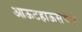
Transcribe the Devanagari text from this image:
आऊटहाऊसच्या